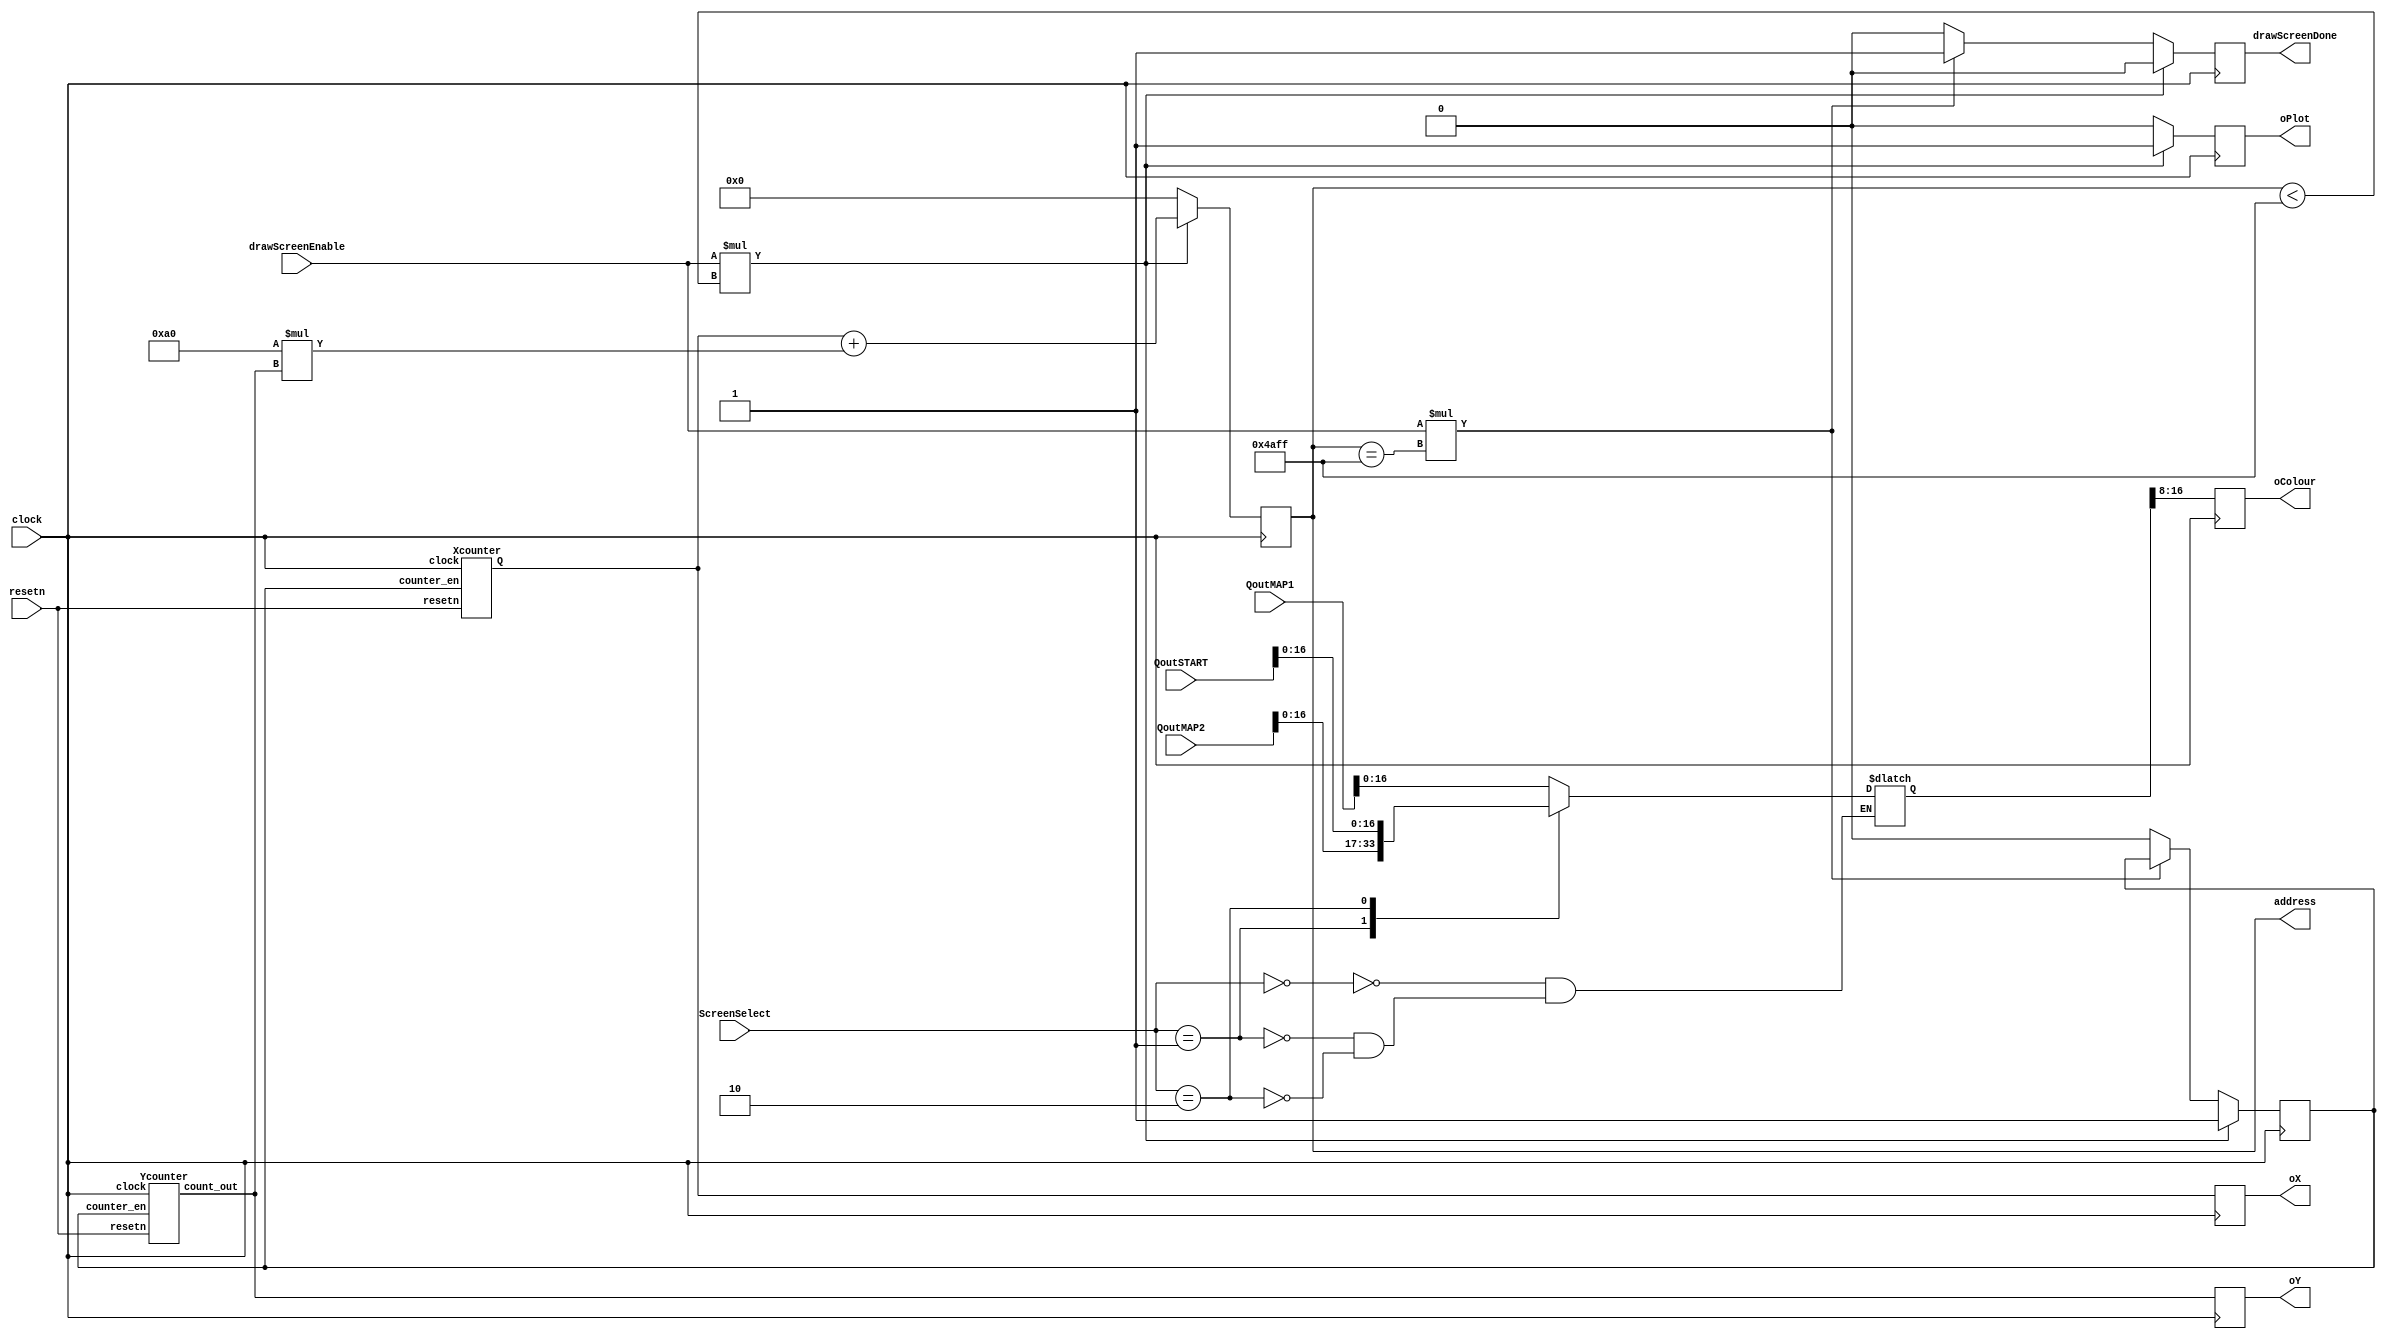
module drawEntireScreen(
  input clock, 
  input resetn,
  input [1:0] ScreenSelect, //
  input drawScreenEnable,
  
  input [31:0] QoutMAP1, QoutMAP2, QoutSTART,

  output reg drawScreenDone,
  output reg [7:0] oX,
  output reg [6:0] oY,
  output reg [8:0] oColour,

  output reg [14:0] address,
  output reg oPlot
);
  wire [7:0] Xcounter;
  wire [6:0] Ycounter;
  reg count_en;
  Xcounter X(clock, resetn, count_en, Xcounter);
  Ycounter Y(clock, resetn, count_en, Ycounter);

 localparam   MAP1 = 2'b00,
              MAP2 = 2'b01,
              START = 2'b10,
              GG = 2'b11;

  reg [31:0] Qout;
  always @(*) begin: mux
    case(ScreenSelect) 
      MAP1: Qout = QoutMAP1;
      MAP2: Qout = QoutMAP2;
      START: Qout = QoutSTART;
    endcase
  end //mux
  
  always @(posedge clock) begin
      oX = Xcounter;
      oY = Ycounter;
      oColour = Qout[16:8];
    if(drawScreenEnable * (address<15'd19199)) begin
      count_en = 1'b1;
      address = oX + 160*oY;
      oPlot = 1'b1;
      drawScreenDone = 1'b0;
    end
    else if(drawScreenEnable * (address==15'd19199)) begin
      address = 15'b0;
      drawScreenDone = 1'b1;
      oPlot = 1'b0;
    end
    else begin
      address = 15'b0;
      count_en = 1'b0;
      oPlot = 1'b0; //drawscreenenable off
      drawScreenDone = 1'b0;
    end
  end
endmodule

module Xcounter(
    input wire clock,
    input resetn,
    input counter_en,

    output reg [7:0] Q
);
  always @(posedge clock) begin
    if(!resetn | (Q==8'd159) |!counter_en )
      Q <= 8'd0;
    else if (counter_en)
      Q <= Q + 1'b1;
  end
endmodule

module Ycounter(
    input wire clock,
    input resetn,
    input counter_en,

    output reg [6:0] count_out
);

reg [7:0] counter; //to 159

always @(posedge clock) begin
    if(!resetn | (count_out == 7'd120) |!counter_en) begin
      counter <= 0;
      count_out <= 0;
    end
    else if ((counter == 8'd159)&counter_en) begin
        counter <= 0;
        if (count_out <= 7'd119)
            count_out <= count_out + 1;
    end 
    else if(counter_en) begin
        counter <= counter + 1;
    end
end

endmodule